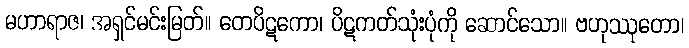
မဟာရာဇ၊ အရှင်မင်းမြတ်။ တေပိဋကော၊ ပိဋကတ်သုံးပုံကို ဆောင်သော။ ဗဟုဿုတော၊